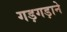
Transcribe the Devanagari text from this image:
गड़गड़ाने